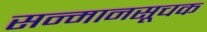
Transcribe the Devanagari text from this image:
सन्मानसूचक